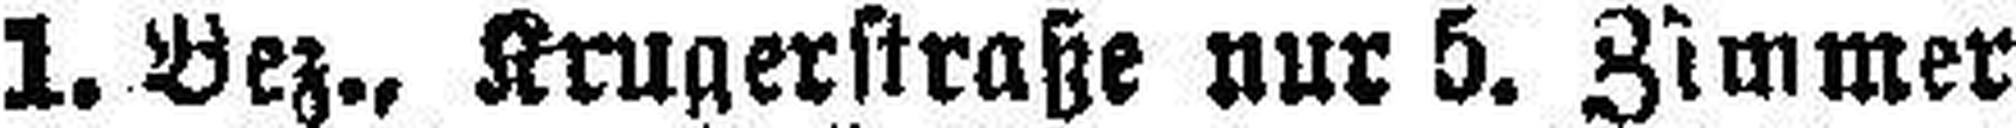
1. Bez., Krugerstraße nur 5. Zimmer